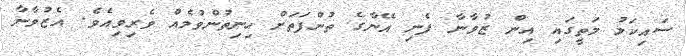
ސައިކަލު މަތީގައި އިން ޒުވާނާ ފެނި އޭނާގެ ތުންފަތަށް ހިނިތުންވުމެއް ވެރިވިއެވެ. އެޒުވާނާ